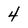
Character: 4